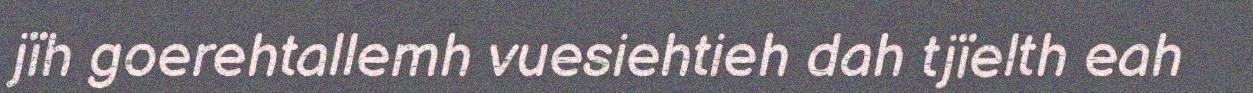
jïh goerehtallemh vuesiehtieh dah tjïelth eah